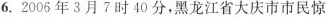
6.2006年3月7时40分，黑龙江省大庆市市民惊